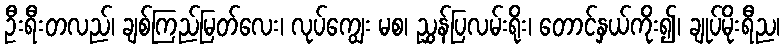
ဦးရီးတလည်၊ ချစ်ကြည်မြတ်လေး၊ လုပ်ကျွေး မစ၊ ညွှန်ပြလမ်းရိုး၊ တောင်နှယ်ကိုး၍၊ ချုပ်မိုးရီည၊